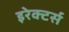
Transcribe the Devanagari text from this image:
इरेक्टर्स